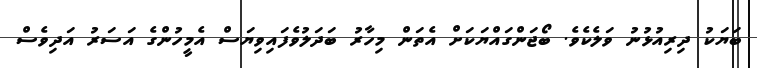
ބަޔަކު ދިރިއުޅުނު ވަލެކެވެ. ބޯޖަންގައްޔަކަށް އެތަން މިހާރު ބަދަލުވެފައިވިޔަސް އެމީހުންގެ އަސަރު އަދިވެސް